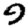
Digit: 9